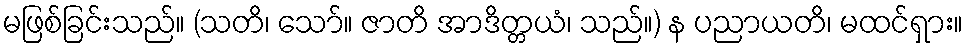
မဖြစ်ခြင်းသည်။ (သတိ၊ သော်။ ဇာတိ အာဒိတ္တယံ၊ သည်။) န ပညာယတိ၊ မထင်ရှား။